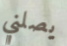
يصلني